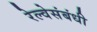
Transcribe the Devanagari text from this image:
रेल्वेसंबंधी